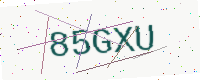
Text: 85GXU